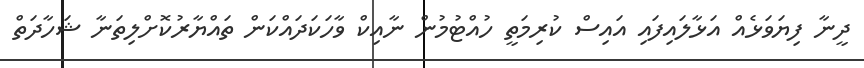
ދީނާ ފިޔަވަޅެއް އަޅާލައިފައި އައިސް ކުރިމަތީ ހުއްޓުމުން ނާއިކް ވާހަކަދައްކަން ތައްޔާރުކޮށްލިތަނާ ޝަހާދަތް